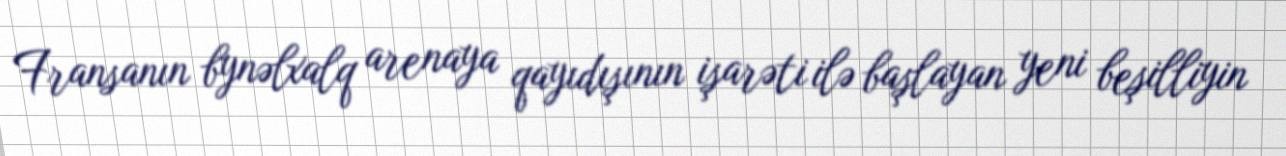
Fransanın bynəlxalq arenaya qayıdışının işarəti ilə başlayan yeni beşilliyin